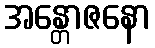
အန္တောဇနော